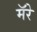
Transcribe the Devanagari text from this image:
मॅरे